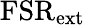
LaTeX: \mathrm{FSR_{\mathrm{ext}}}